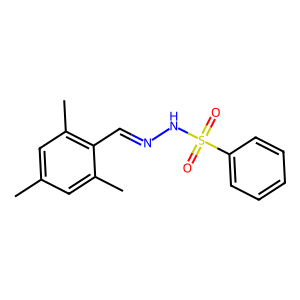
SMILES: Cc1cc(C)c(C=NNS(=O)(=O)c2ccccc2)c(C)c1
Inhibits HIV replication: No